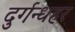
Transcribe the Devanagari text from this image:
दुर्गन्धहर